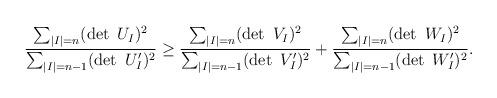
LaTeX: \begin{align*}\frac{\sum_{|I|=n}(\det\ U_I)^2}{\sum_{|I|=n-1}(\det\ U'_I)^2}\ge\frac{\sum_{|I|=n}(\det\ V_I)^2}{\sum_{|I|=n-1}(\det\ V'_I)^2}+\frac{\sum_{|I|=n}(\det\ W_I)^2}{\sum_{|I|=n-1}(\det\ W'_I)^2}.\end{align*}